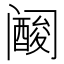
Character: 𱀀